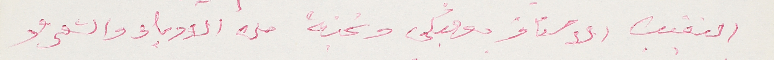
النقيب الاستاذ بعلبكي ونخبةً من الادباء والشعراء